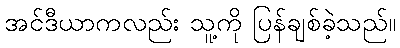
အင်ဒီယာကလည်း သူ့ကို ပြန်ချစ်ခဲ့သည်။